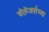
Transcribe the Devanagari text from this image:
चॅलेंजर्सच्या